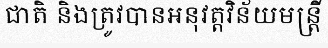
ជាតិ និងត្រូវបានអនុវត្តវិន័យមន្ត្រី